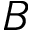
B